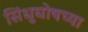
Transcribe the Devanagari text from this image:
सिंधुघोषच्या